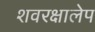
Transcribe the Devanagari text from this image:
शवरक्षालेप